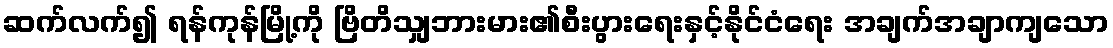
ဆက်လက်၍ ရန်ကုန်မြို့ကို ဗြိတိသျှဘားမား၏စီးပွားရေးနှင့်နိုင်ငံရေး အချက်အချာကျသော